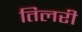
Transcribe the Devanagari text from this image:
तिलरी